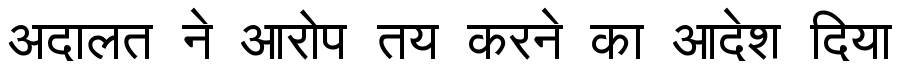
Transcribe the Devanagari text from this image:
अदालत ने आरोप तय करने का आदेश दिया